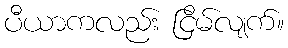
ပီယာကလည်း ငြိမ်လျက်။